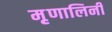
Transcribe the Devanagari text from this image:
मृृणालिनी